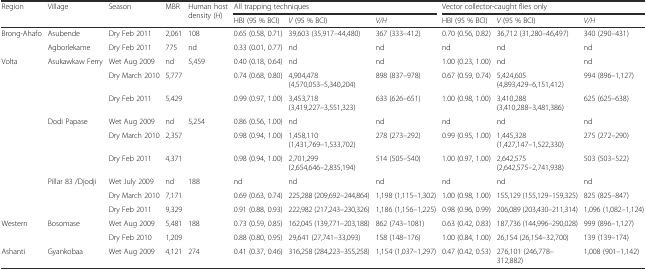
<table><thead><tr><td rowspan="2"><b>Region</b></td><td rowspan="2"><b>Village</b></td><td rowspan="2"><b>Season</b></td><td rowspan="2"><b>MBR</b></td><td rowspan="2"><b>Human host density (<i>H</i>)</b></td><td colspan="3"><b>All trapping techniques</b></td><td colspan="3"><b>Vector collector-caught flies only</b></td></tr><tr><td><b>HBI (95 % BCI)</b></td><td><b><i>V</i> (95 % BCI)</b></td><td><b><i>V/H</i></b></td><td><b>HBI (95 % BCI)</b></td><td><b><i>V</i> (95 % BCI)</b></td><td><b><i>V/H</i></b></td></tr></thead><tbody><tr><td rowspan="2">Brong-Ahafo</td><td>Asubende</td><td>Dry Feb 2011</td><td>2,061</td><td>108</td><td>0.65 (0.58, 0.71)</td><td>39,603 (35,917–44,480)</td><td>367 (333–412)</td><td>0.70 (0.56, 0.82)</td><td>36,712 (31,280–46,497)</td><td>340 (290–431)</td></tr><tr><td>Agborlekame</td><td>Dry Feb 2011</td><td>775</td><td>nd</td><td>0.33 (0.01, 0.77)</td><td>nd</td><td>nd</td><td>nd</td><td>nd</td><td>nd</td></tr><tr><td rowspan="9">Volta</td><td rowspan="3">Asukawkaw Ferry</td><td>Wet Aug 2009</td><td>nd</td><td rowspan="3">5,459</td><td>0.40 (0.18, 0.64)</td><td>nd</td><td>nd</td><td>1.00 (0.23, 1.00)</td><td>nd</td><td>nd</td></tr><tr><td>Dry March 2010</td><td>5,777</td><td>0.74 (0.68, 0.80)</td><td>4,904,478 (4,570,053–5,340,204)</td><td>898 (837–978)</td><td>0.67 (0.59, 0.74)</td><td>5,424,605 (4,893,429–6,151,412)</td><td>994 (896–1,127)</td></tr><tr><td>Dry Feb 2011</td><td>5,429</td><td>0.99 (0.97, 1.00)</td><td>3,453,718 (3,419,227–3,551,323)</td><td>633 (626–651)</td><td>1.00 (0.98, 1.00)</td><td>3,410,288 (3,410,288–3,481,386)</td><td>625 (625–638)</td></tr><tr><td rowspan="3">Dodi Papase</td><td>Wet Aug 2009</td><td>nd</td><td rowspan="3">5,254</td><td>0.86 (0.56, 1.00)</td><td>nd</td><td>nd</td><td>nd</td><td>nd</td><td>nd</td></tr><tr><td>Dry March 2010</td><td>2,357</td><td>0.98 (0.94, 1.00)</td><td>1,458,110 (1,431,769–1,533,702)</td><td>278 (273–292)</td><td>0.99 (0.95, 1.00)</td><td>1,445,328 (1,427,147–1,522,330)</td><td>275 (272–290)</td></tr><tr><td>Dry Feb 2011</td><td>4,371</td><td>0.98 (0.94, 1.00)</td><td>2,701,299 (2,654,646–2,835,194)</td><td>514 (505–540)</td><td>1.00 (0.97, 1.00)</td><td>2,642,575 (2,642,575–2,741,938)</td><td>503 (503–522)</td></tr><tr><td rowspan="3">Pillar 83 /Djodji</td><td>Wet July 2009</td><td>nd</td><td rowspan="3">188</td><td>nd</td><td>nd</td><td>nd</td><td>nd</td><td>nd</td><td>nd</td></tr><tr><td>Dry March 2010</td><td>7,171</td><td>0.69 (0.63, 0.74)</td><td>225,288 (209,692–244,864)</td><td>1,198 (1,115–1,302)</td><td>1.00 (0.98, 1.00)</td><td>155,129 (155,129–159,325)</td><td>825 (825–847)</td></tr><tr><td>Dry Feb 2011</td><td>9,329</td><td>0.91 (0.88, 0.93)</td><td>222,982 (217,243–230,326)</td><td>1,186 (1,156–1,225)</td><td>0.98 (0.96, 0.99)</td><td>206,089 (203,430–211,314)</td><td>1,096 (1,082–1,124)</td></tr><tr><td rowspan="2">Western</td><td rowspan="2">Bosomase</td><td>Wet Aug 2009</td><td>5,481</td><td rowspan="2">188</td><td>0.73 (0.59, 0.85)</td><td>162,045 (139,771–203,188)</td><td>862 (743–1081)</td><td>0.63 (0.42, 0.83)</td><td>187,736 (144,996–290,028)</td><td>999 (896–1,127)</td></tr><tr><td>Dry Feb 2010</td><td>1,209</td><td>0.88 (0.80, 0.95)</td><td>29,641 (27,741–33,093)</td><td>158 (148–176)</td><td>1.00 (0.84, 1.00)</td><td>26,154 (26,154–32,700)</td><td>139 (139–174)</td></tr><tr><td>Ashanti</td><td>Gyankobaa</td><td>Wet Aug 2009</td><td>4,121</td><td>274</td><td>0.41 (0.37, 0.46)</td><td>316,258 (284,223–355,258)</td><td>1,154 (1,037–1,297)</td><td>0.47 (0.42, 0.53)</td><td>276,101 (246,778–312,882)</td><td>1,008 (901–1,142)</td></tr></tbody></table>